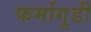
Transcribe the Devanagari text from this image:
फर्मागुडी